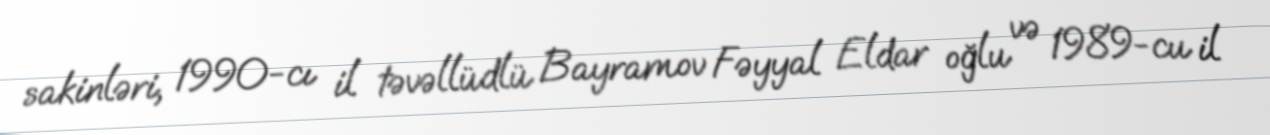
sakinləri, 1990-cı il təvəllüdlü Bayramov Fəyyal Eldar oğlu və 1989-cu il